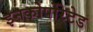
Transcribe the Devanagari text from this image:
इनकोर्पोरेटेड